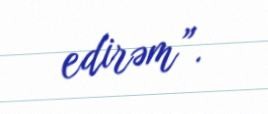
edirəm”.